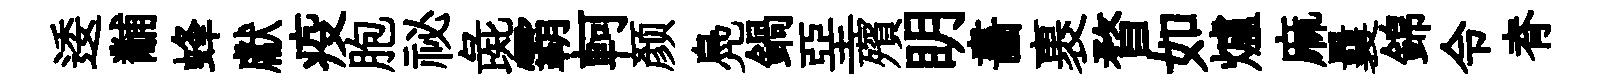
逶黼蜂獻疫胞祕彘霸軻颜鳧鍋堊殯眀畵裹瞀如爐麻曩錦令脊